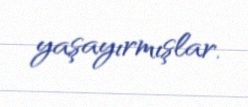
yaşayırmışlar.